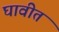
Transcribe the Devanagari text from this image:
घावीत